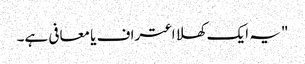
"یہ ایک کھلا اعتراف یا معافی ہے۔